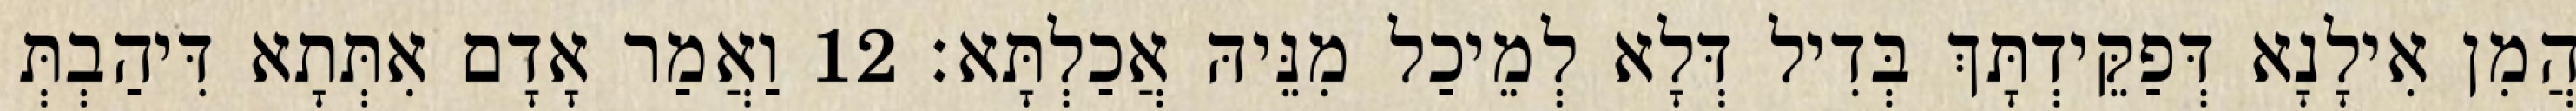
הֲמִן אִילָנָא דְּפַקֵּידְתָּךְ בְּדִיל דְּלָא לְמֵיכַל מִנֵּיהּ אֲכַלְתָּא׃ 12 וַאֲמַר אָדָם אִתְּתָא דִּיהַבְתְּ